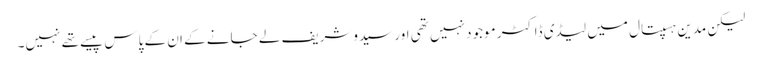
لیکن مدین ہسپتال میں لیڈی ڈاکٹر موجود نہیں تھی اور سیدوشریف لے جانے کے ان کے پاس پیسے تھے نہیں۔